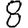
Digit: 8